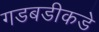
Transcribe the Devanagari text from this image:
गडबडीकडे